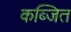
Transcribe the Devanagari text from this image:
कब्जित